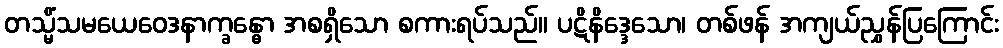
တသ္မိံသမယေဝေဒနာက္ခန္ဓော အစရှိသော စကားရပ်သည်။ ပဋိနိဒ္ဒေသော၊ တစ်ဖန် အကျယ်ညွှန်ပြကြောင်း